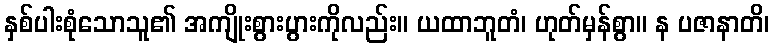
နှစ်ပါးစုံသောသူ၏ အကျိုးစွားပွားကိုလည်း။ ယထာဘူတံ၊ ဟုတ်မှန်စွာ။ န ပဇာနာတိ၊